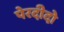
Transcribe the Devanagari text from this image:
पेरदीदो